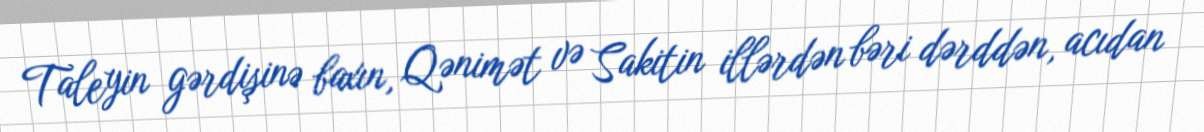
Taleyin gərdişinə baxın, Qənimət və Sakitin illərdən bəri dərddən, acıdan